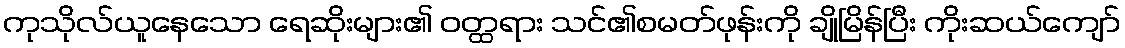
ကုသိုလ်ယူနေသော ရေဆိုးများ၏ ဝတ္ထရား သင်၏စမတ်ဖုန်းကို ချိုမြိန်ပြီး ကိုးဆယ်ကျော်